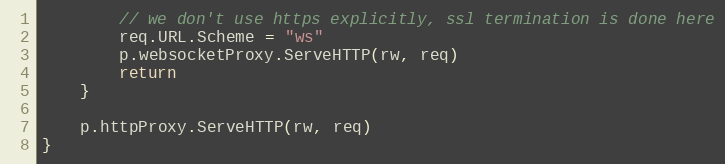
Language: Go
		// we don't use https explicitly, ssl termination is done here
		req.URL.Scheme = "ws"
		p.websocketProxy.ServeHTTP(rw, req)
		return
	}

	p.httpProxy.ServeHTTP(rw, req)
}